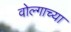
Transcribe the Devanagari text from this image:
वोल्गाच्या